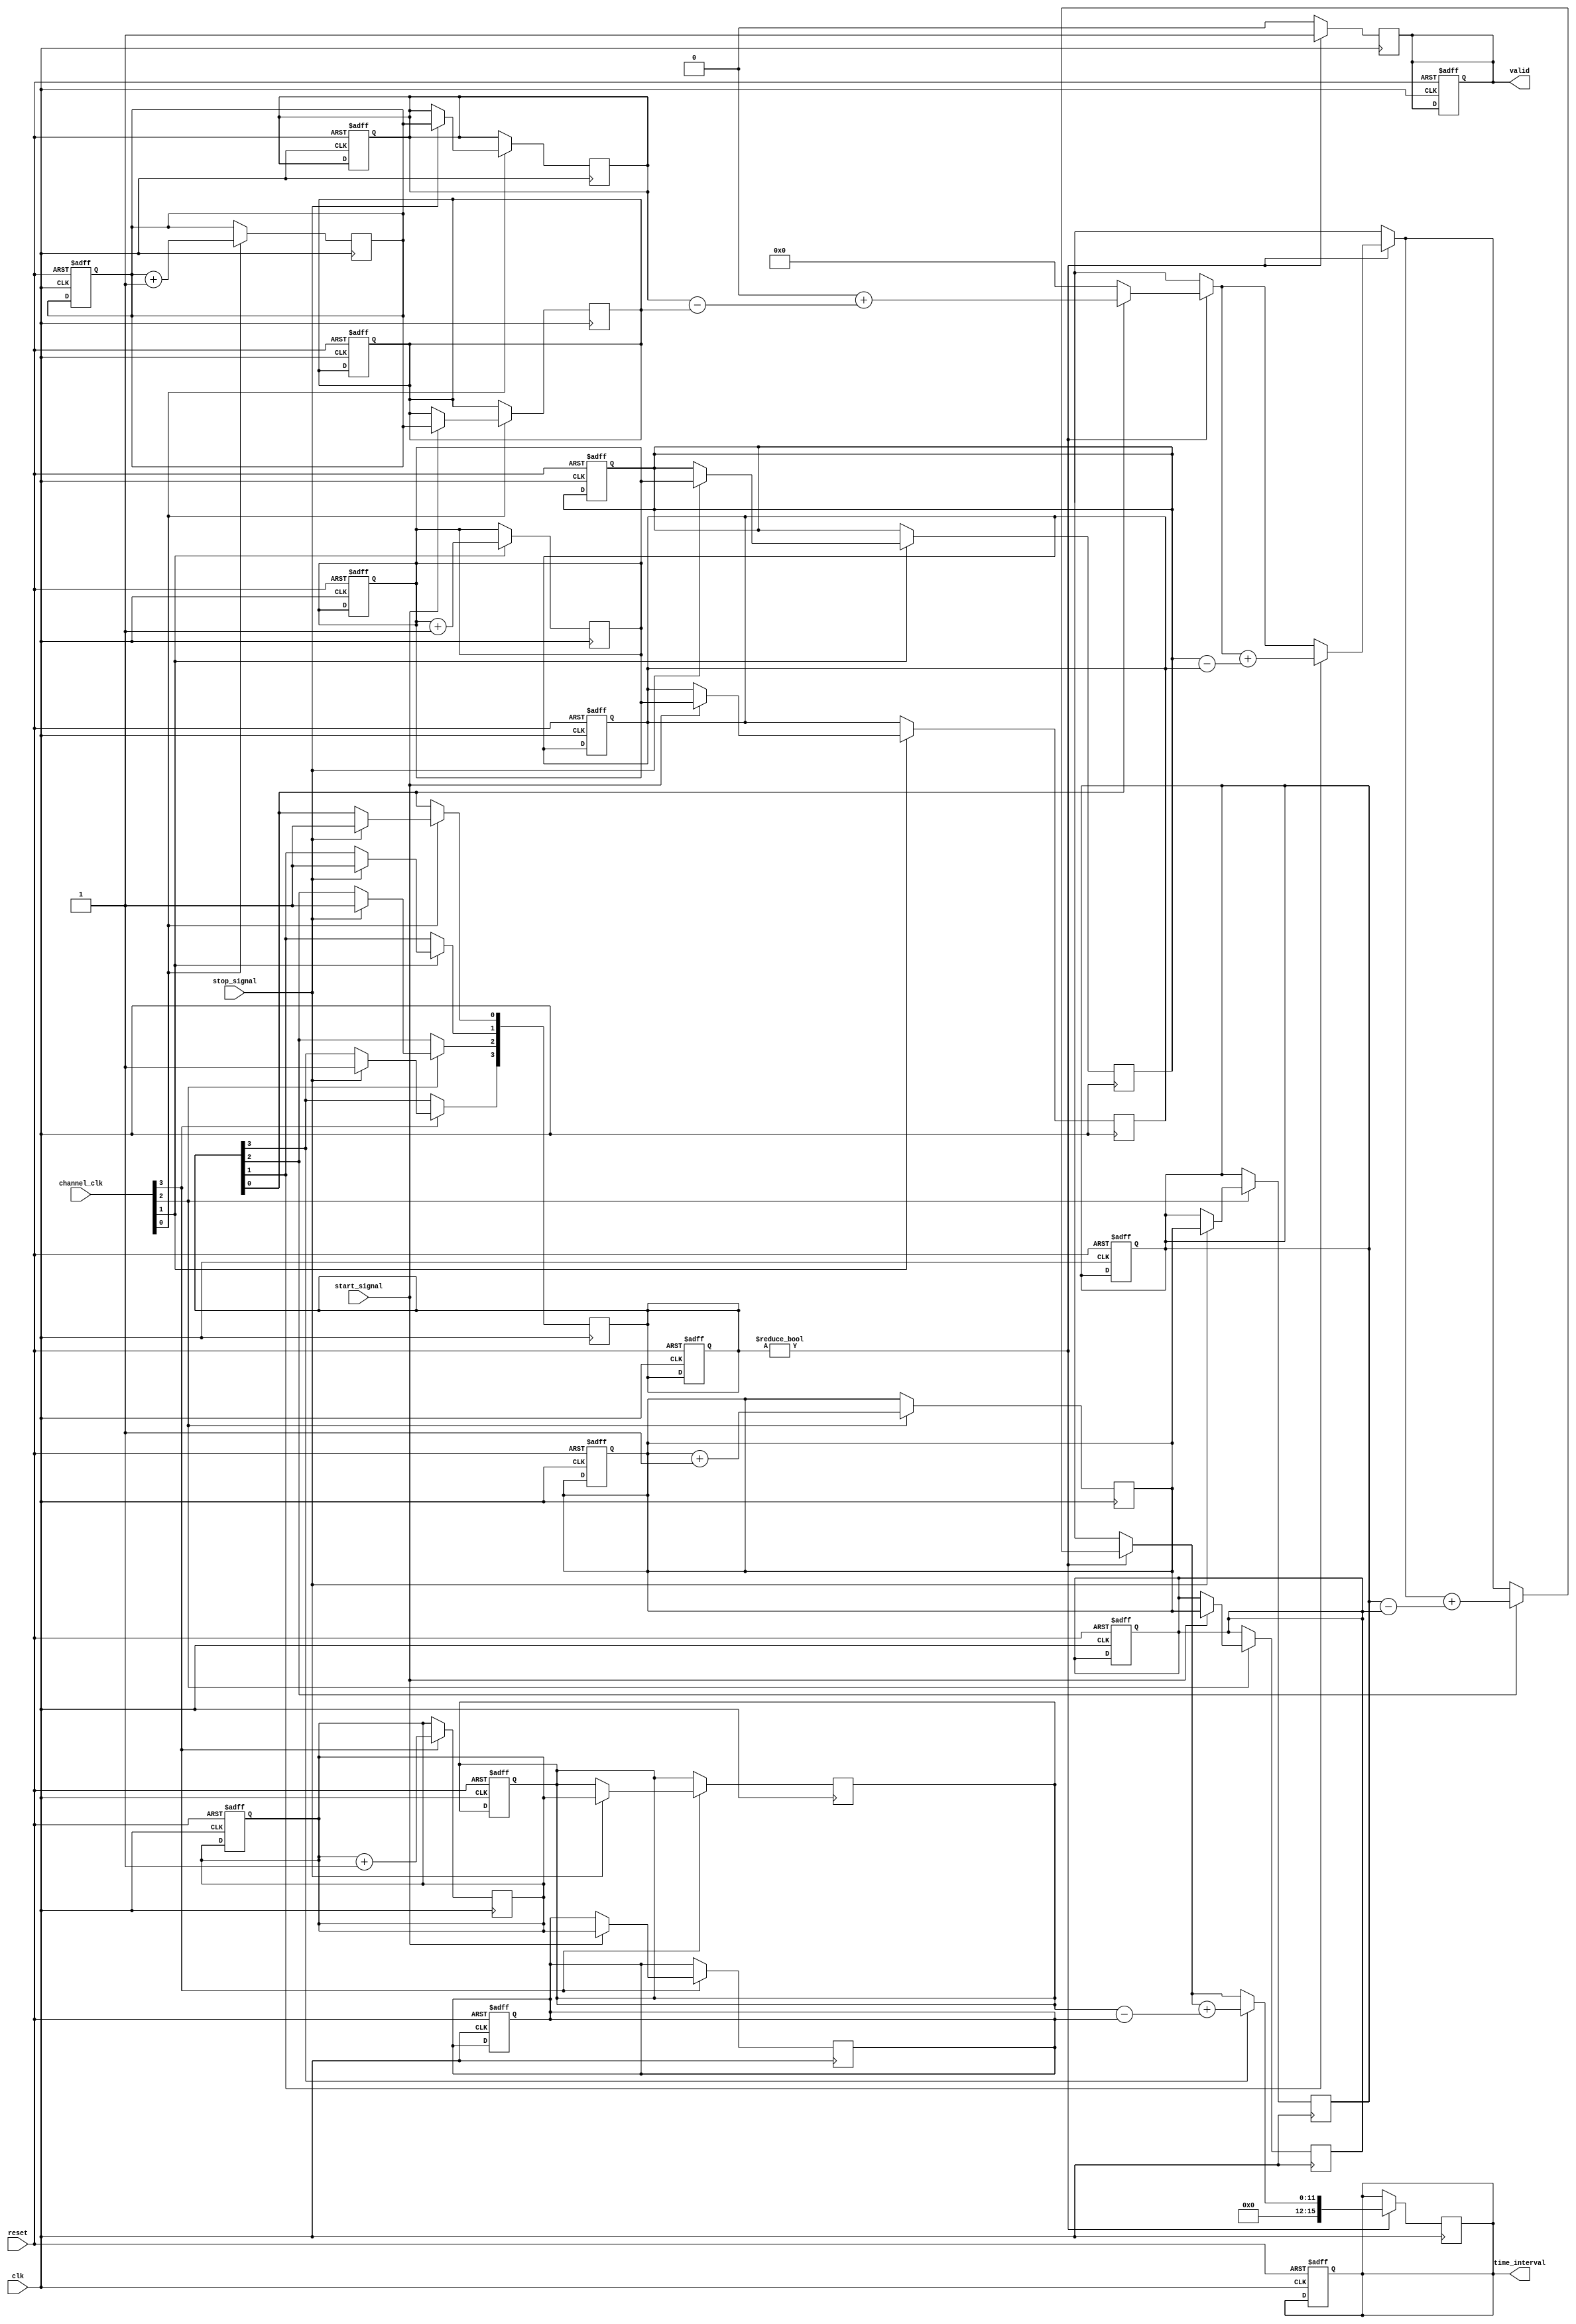
module TDC (
    input wire clk,                // Main clock
    input wire reset,              // Asynchronous reset
    input wire start_signal,       // Start signal
    input wire stop_signal,        // Stop signal
    input wire [N-1:0] channel_clk, // Clock for each channel
    output reg [RESULT_WIDTH-1:0] time_interval, // Output time interval
    output reg valid               // Output valid signal
);
    parameter N = 4;               // Number of interleaved channels
    parameter COUNTER_WIDTH = 12;  // Width of the counter
    parameter RESULT_WIDTH = 16;    // Width of the result

    reg [COUNTER_WIDTH-1:0] counters [0:N-1]; // Counters for each channel
    reg [COUNTER_WIDTH-1:0] start_time [0:N-1]; // Start time for each channel
    reg [COUNTER_WIDTH-1:0] stop_time [0:N-1];  // Stop time for each channel
    reg [N-1:0] valid_channels; // Valid channels flag
    reg [COUNTER_WIDTH-1:0] temp_time_interval; // Temporary time interval storage

    // Initialize counters and valid channels
    integer i;
    always @(posedge clk or posedge reset) begin
        if (reset) begin
            for (i = 0; i < N; i = i + 1) begin
                counters[i] <= 0;
                start_time[i] <= 0;
                stop_time[i] <= 0;
            end
            valid_channels <= 0;
            time_interval <= 0;
            valid <= 0;
        end
    end

    // Channel operation
    always @(posedge clk) begin
        for (i = 0; i < N; i = i + 1) begin
            if (channel_clk[i]) begin
                counters[i] <= counters[i] + 1; // Increment counter
                if (start_signal) begin
                    start_time[i] <= counters[i]; // Capture start time
                end
                if (stop_signal) begin
                    stop_time[i] <= counters[i]; // Capture stop time
                    valid_channels[i] <= 1; // Mark this channel as valid
                end
            end
        end
    end

    // Combine results from all channels
    always @(posedge clk) begin
        if (valid_channels != 0) begin
            temp_time_interval = 0;
            for (i = 0; i < N; i = i + 1) begin
                if (valid_channels[i]) begin
                    temp_time_interval = temp_time_interval + (stop_time[i] - start_time[i]);
                end
            end
            time_interval <= temp_time_interval; // Update final time interval
            valid <= 1; // Set valid signal
        end else begin
            valid <= 0; // Clear valid signal if no channels are valid
        end
    end

endmodule